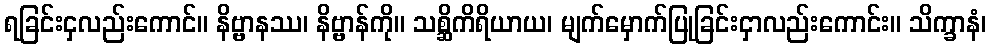
ရခြင်းငှလည်းကောင်။ နိဗ္ဗာနဿ၊ နိဗ္ဗာန်ကို။ သစ္ဆိကိရိယာယ၊ မျက်မှောက်ပြုခြင်းငှာလည်းကောင်း။ သိက္ခာနံ၊